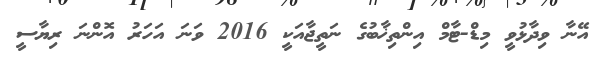
އޭނާ ވިދާޅުވީ މިޑް-ޓާމް އިންތިޚާބުގެ ނަތީޖާއަކީ 2016 ވަނަ އަހަރު އޮންނަ ރިޔާސީ